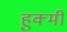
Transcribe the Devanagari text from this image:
हुक्मी